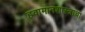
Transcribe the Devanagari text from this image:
हवामानशास्त्राचा